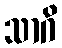
သာဂိ